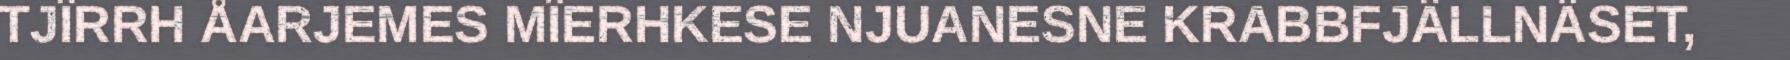
TJÏRRH ÅARJEMES MÏERHKESE NJUANESNE KRABBFJÄLLNÄSET,